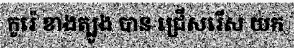
កូរ៉េ ខាងត្បូង បាន ជ្រើសរើស យក